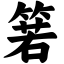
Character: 箬